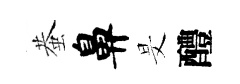
蛬鼻旻醴